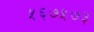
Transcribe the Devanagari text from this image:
५६७५७३